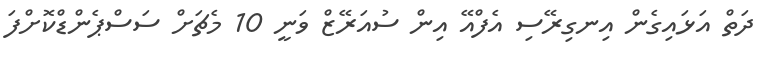
ދަތް އަޅައިގެން އިނގިރޭސި އެފްއޭ އިން ސުއަރޭޒް ވަނީ 10 މެޗަށް ސަސްޕެންޑްކޮށްފަ